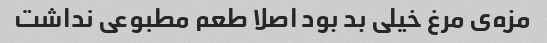
مزه‌ی مرغ خیلی بد بود اصلا طعم مطبوعی نداشت